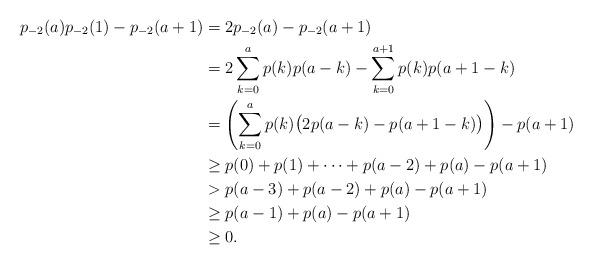
LaTeX: \begin{align*}p_{-2}(a)p_{-2}(1)-p_{-2}(a+1)&=2p_{-2}(a)-p_{-2}(a+1)\\&=2\sum_{k=0}^a p(k)p(a-k)-\sum_{k=0}^{a+1}p(k)p(a+1-k)\\&=\left(\sum_{k=0}^a p(k)\big(2p(a-k)-p(a+1-k)\big)\right)-p(a+1)\\&\ge p(0)+p(1)+\cdots+p(a-2)+p(a)-p(a+1)\\&> p(a-3)+p(a-2)+p(a)-p(a+1)\\&\ge p(a-1)+p(a)-p(a+1)\\&\ge 0.\end{align*}